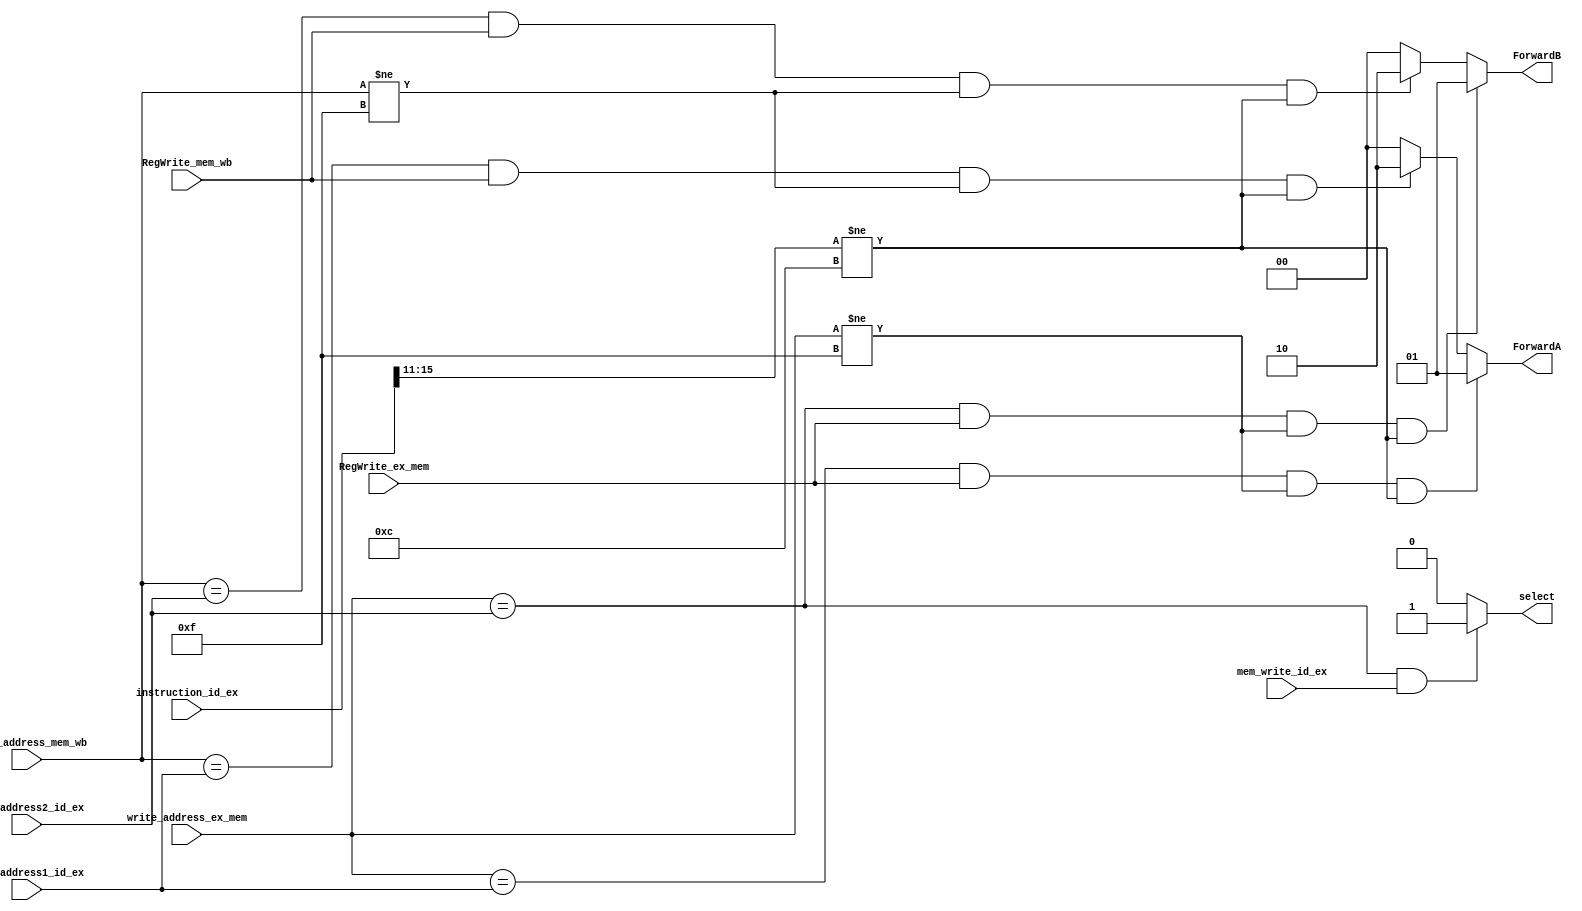
//`timescale 1ns / 1ps
//////////////////////////////////////////////////////////////////////////////////
// Company: 
// Engineer: 
// 
// Design Name: 
// Module Name: forwarding_unit
// Project Name: 
// Target Devices: 
// Tool Versions: 
// Description: 
// 
// Dependencies: 
// 
// Revision:
// Revision 0.01 - File Created
// Additional Comments:
// 
//////////////////////////////////////////////////////////////////////////////////


module forwarding_unit(
                       input RegWrite_ex_mem,
                       input RegWrite_mem_wb,
                       input [3:0] write_address_ex_mem,
                       input [3:0] write_address_mem_wb,
                       input [3:0] read_address1_id_ex,
                       input [3:0] read_address2_id_ex,
                       input [15:0] instruction_id_ex,
                       
                       output reg [1:0] ForwardA,  //for register1
                       output reg [1:0] ForwardB,   //for register2
                       
                       //to eliminate the situation where store after arithmetic
                       input mem_write_id_ex,
                       output reg select
                       );
                       
always @(*)
 begin
   ForwardA = 2'b00;
   ForwardB = 2'b00;
  
 //data forwarding unit for register 1 values in execute stage
  if ((write_address_ex_mem == read_address1_id_ex) && (RegWrite_ex_mem == 1'b1) && (write_address_ex_mem != 4'b1111) && (instruction_id_ex[15:11] != 5'b01100))
   ForwardA = 2'b01;
  else if((write_address_mem_wb == read_address1_id_ex) && (RegWrite_mem_wb == 1'b1) && (write_address_mem_wb != 4'b1111) && (instruction_id_ex[15:11] != 5'b01100))
   ForwardA = 2'b10;
  else
   ForwardA = 2'b00;
  
 //data forwarding unit for register 2 values in execute stage 
  if ((write_address_ex_mem == read_address2_id_ex) && (RegWrite_ex_mem == 1'b1) && (write_address_ex_mem != 4'b1111) && (instruction_id_ex[15:11] != 5'b01100))
    ForwardB = 2'b01;
   else if((write_address_mem_wb == read_address2_id_ex) && (RegWrite_mem_wb == 1'b1) && (write_address_mem_wb != 4'b1111) && (instruction_id_ex[15:11] != 5'b01100))
    ForwardB = 2'b10;
   else
    ForwardB = 2'b00;  
  
 end                       
                       
                       
always @(*)
 begin
  if ((write_address_ex_mem == read_address2_id_ex) && (mem_write_id_ex == 1'b1))
   select = 1'b1;
  else
   select = 1'b0;
 end                    
                       
                       
                       
                       
endmodule